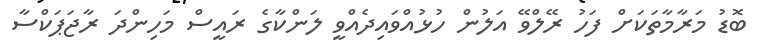
ބޮޑު މަރާމާތަކަށް ފަހު ރޭލްވޭ އަލުން ހުޅުއްވައިދެއްވީ ލަންކާގެ ރައީސް މަހިންދަ ރާޖަޕަކްސާ